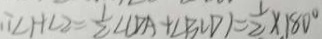
\therefore \angle H \angle 2 = \frac { 1 } { 2 } \angle C D A + \angle B C D ) = \frac { 1 } { 2 } \times 1 8 0 ^ { \circ }